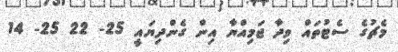
މެޗުގެ ސެޓުތައް ވިދާ ޖަމިއްޔާ އިން ގެންދިޔައީ 25- 22 25- 14